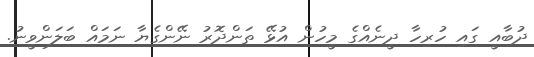
ދުބާއީ ގައި ހުރިހާ ދީނެއްގެ މީހުން އުޅޭ ތަންދޮރު ނޭންގެޔާ ނަމައް ބަލަންވީނު.